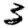
Digit: 3